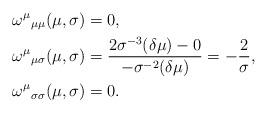
LaTeX: \begin{align*}{\omega^\mu}_{\mu\mu}(\mu,\sigma) &= 0,\\{\omega^\mu}_{\mu\sigma}(\mu,\sigma) &= \frac{2\sigma^{-3} (\delta \mu) - 0}{-\sigma^{-2}(\delta \mu)} = -\frac{2}{\sigma},\\{\omega^\mu}_{\sigma\sigma}(\mu,\sigma) &= 0.\end{align*}